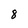
Character: 8